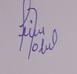
Signature authenticity: forged